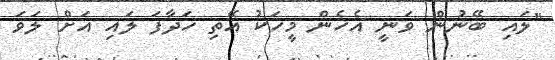
"ލައި ބޭނުން ވަނީ އެހެން މީހަކު އޭތި ހަދާފަ ލައި އަށް ލަވަ